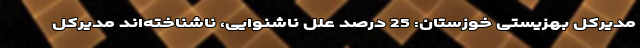
مدیرکل بهزیستی خوزستان: 25 درصد علل ناشنوایی، ناشناخته‌اند مدیرکل